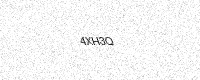
Text: 4XH3Q